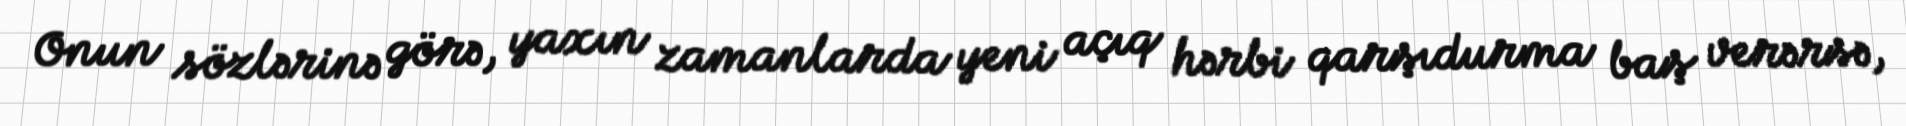
Onun sözlərinə görə, yaxın zamanlarda yeni açıq hərbi qarşıdurma baş verərsə,